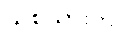
သစ်သားကို